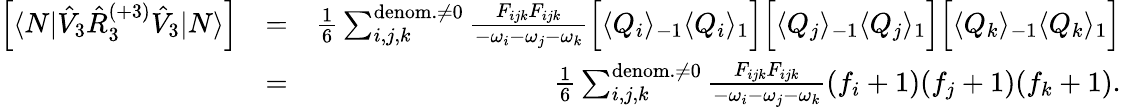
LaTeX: \begin{array}{rlr}{\left[\langle N|\hat{V}_{3}\hat{R}_{3}^{(+3)}\hat{V}_{3}|N\rangle\right]}&{=}&{\frac{1}{6}\sum_{i,j,k}^{{\mathrm{denom.}\neq 0}}\frac{{F}_{ijk}{F}_{ijk}}{-\omega_{i}-\omega_{j}-\omega_{k}}\Big[\langle Q_{i}\rangle_{-1}\langle Q_{i}\rangle_{1}\Big]\Big[\langle Q_{j}\rangle_{-1}\langle Q_{j}\rangle_{1}\Big]\Big[\langle Q_{k}\rangle_{-1}\langle Q_{k}\rangle_{1}\Big]}\\ &{=}&{\frac{1}{6}\sum_{i,j,k}^{\mathrm{denom.}\neq 0}\frac{{F}_{ijk}{F}_{ijk}}{-\omega_{i}-\omega_{j}-\omega_{k}}(f_{i}+1)(f_{j}+1)(f_{k}+1).}\end{array}